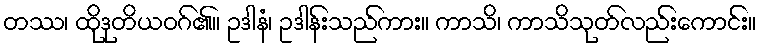
တဿ၊ ထိုဒုတိယဝဂ်၏။ ဥဒါနံ၊ ဥဒါန်းသည်ကား။ ကာသိ၊ ကာသိသုတ်လည်းကောင်း။